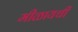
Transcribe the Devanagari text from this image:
मीळायची